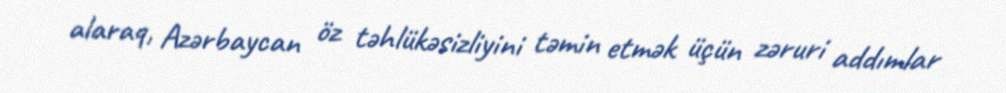
alaraq, Azərbaycan öz təhlükəsizliyini təmin etmək üçün zəruri addımlar